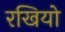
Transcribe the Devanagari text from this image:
रखियो